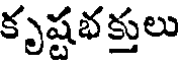
కృష్టభక్తులు